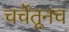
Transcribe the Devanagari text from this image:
चर्चेतूनच